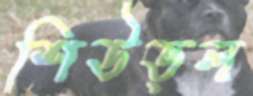
শিউড়ল